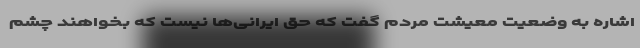
اشاره به وضعیت معیشت مردم گفت که حق ایرانی‌ها نیست که بخواهند چشم